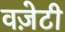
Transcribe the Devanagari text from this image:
वज़ेटी